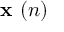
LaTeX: { \textbf { x } } ( n )